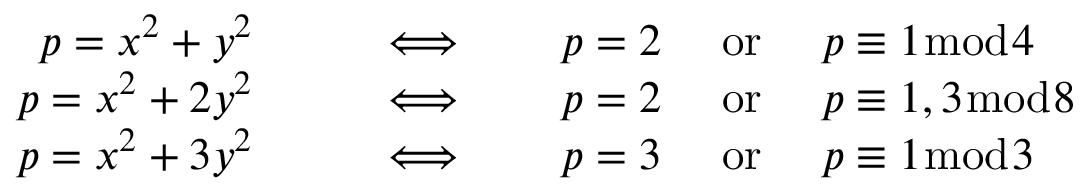
{ \begin{array} { r l } { p = x ^ { 2 } + y ^ { 2 } \qquad } & { \Longleftrightarrow \qquad p = 2 \quad { \mathrm { ~ o r ~ } } \quad p \equiv 1 { \bmod { 4 } } } \\ { p = x ^ { 2 } + 2 y ^ { 2 } \qquad } & { \Longleftrightarrow \qquad p = 2 \quad { \mathrm { ~ o r ~ } } \quad p \equiv 1 , 3 { \bmod { 8 } } } \\ { p = x ^ { 2 } + 3 y ^ { 2 } \qquad } & { \Longleftrightarrow \qquad p = 3 \quad { \mathrm { ~ o r ~ } } \quad p \equiv 1 { \bmod { 3 } } } \end{array} }